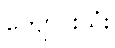
ကျောင်းသုံး